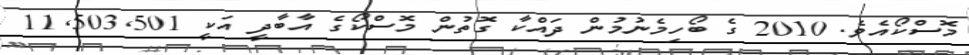
މޮސްކޯއެވެ. 2010 ގެ ބޯހިމެނުމުން ދައްކާ ގޮތުން މޮސްކޯގެ އާބާދީ އަކީ 11